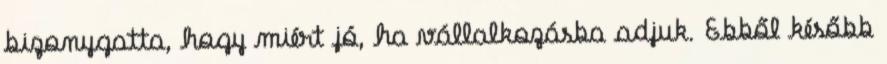
bizonygatta, hogy miért jó, ha vállalkozásba adjuk. Ebből később